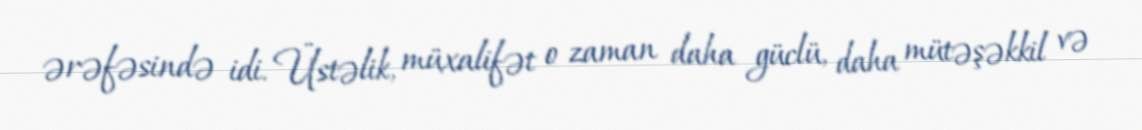
ərəfəsində idi. Üstəlik, müxalifət o zaman daha güclü, daha mütəşəkkil və